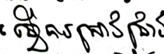
ធ្វើការស្រាវជ្រាវ